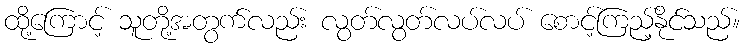
ထို့ကြောင့် သူတို့အတွက်လည်း လွတ်လွတ်လပ်လပ် စောင့်ကြည့်နိုင်သည်။